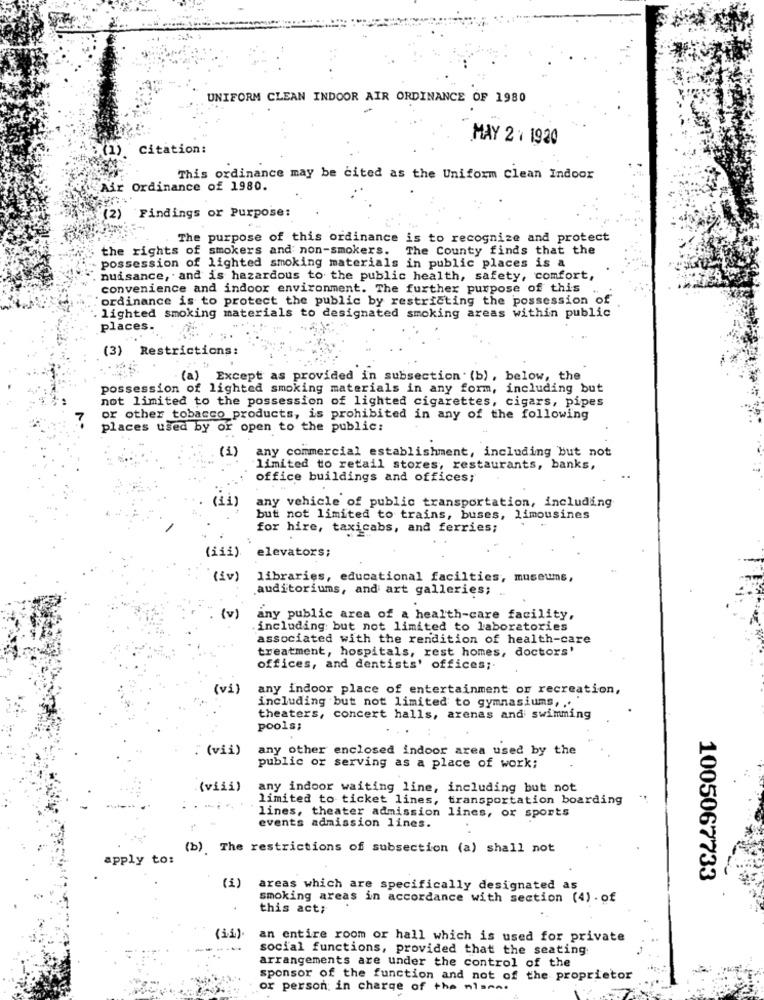
UNIFORM CLEAN INDOOR AIR ORDINANCE OF 1980
MAY 2 × 1920
: (1) Citation:
This ordinance may be cited as the Uniform Clean Indoor
Air Ordinance of 1980.
(2) Findings or Purpose:
The purpose of this ordinance is to recognize and protect
the rights of smokers and non-smokers. The County finds that the
possession of lighted smoking materials in public places is a
nuisance, and is hazardous to the public health, safety, comfort,
convenience and indoor environment. The further purpose of this
ordinance is to protect the public by restricting the possession of
lighted smoking materials to designated smoking areas within public
places.
(3) Restrictions:
(a) Except as provided in subsection (b), below, the
possession of lighted smoking materials in any form, including but
not limited to the possession of lighted cigarettes, cigars, pipes
or other tobacco products, is prohibited in any of the following
places used by or open to the public:
(1)
any commercial establishment, including but not
limited to retail stores, restaurants, banks,
office buildings and offices;
(ii)
any vehicle of public transportation, including
but not limited to trains, buses, limousines
for hire, taxicabs, and ferries;
(iii).
elevators;
(iv)
libraries, educational facilties, museums,
auditoriums, and art galleries;
(v)
any public area of a health-care facility,
including but not limited to laboratories
associated with the rendition of health-care
treatment, hospitals, rest homes, doctors'
offices, and dentists' offices ;.
(vi)
any indoor place of entertainment or recreation,
including but not limited to gymnasiums, ..
theaters, concert halls, arenas and swimming
pools;
(vii)
any other enclosed indoor area used by the
public or serving as a place of work;
(viii)
any indoor waiting line, including but not
limited to ticket lines, transportation boarding
lines, theater admission lines, or sports
events admission lines.
(b).The restrictions of subsection (a) shall not
apply to:
1005067733
areas which are specifically designated as
smoking areas in accordance with section (4). of
this act;
an entire room or hall which is used for private
--
social functions, provided that the seating
arrangements are under the control of the
sponsor of the function and not of the proprietor
or person in charge of the misma.